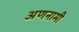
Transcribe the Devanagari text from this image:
अणनामी